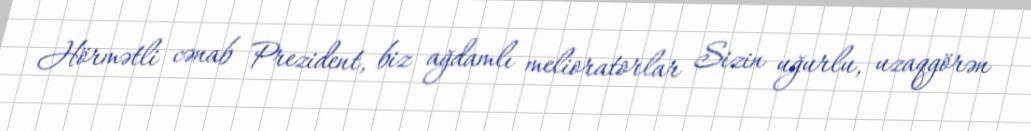
Hörmətli cənab Prezident, biz ağdamlı melioratorlar Sizin uğurlu, uzaqgörən